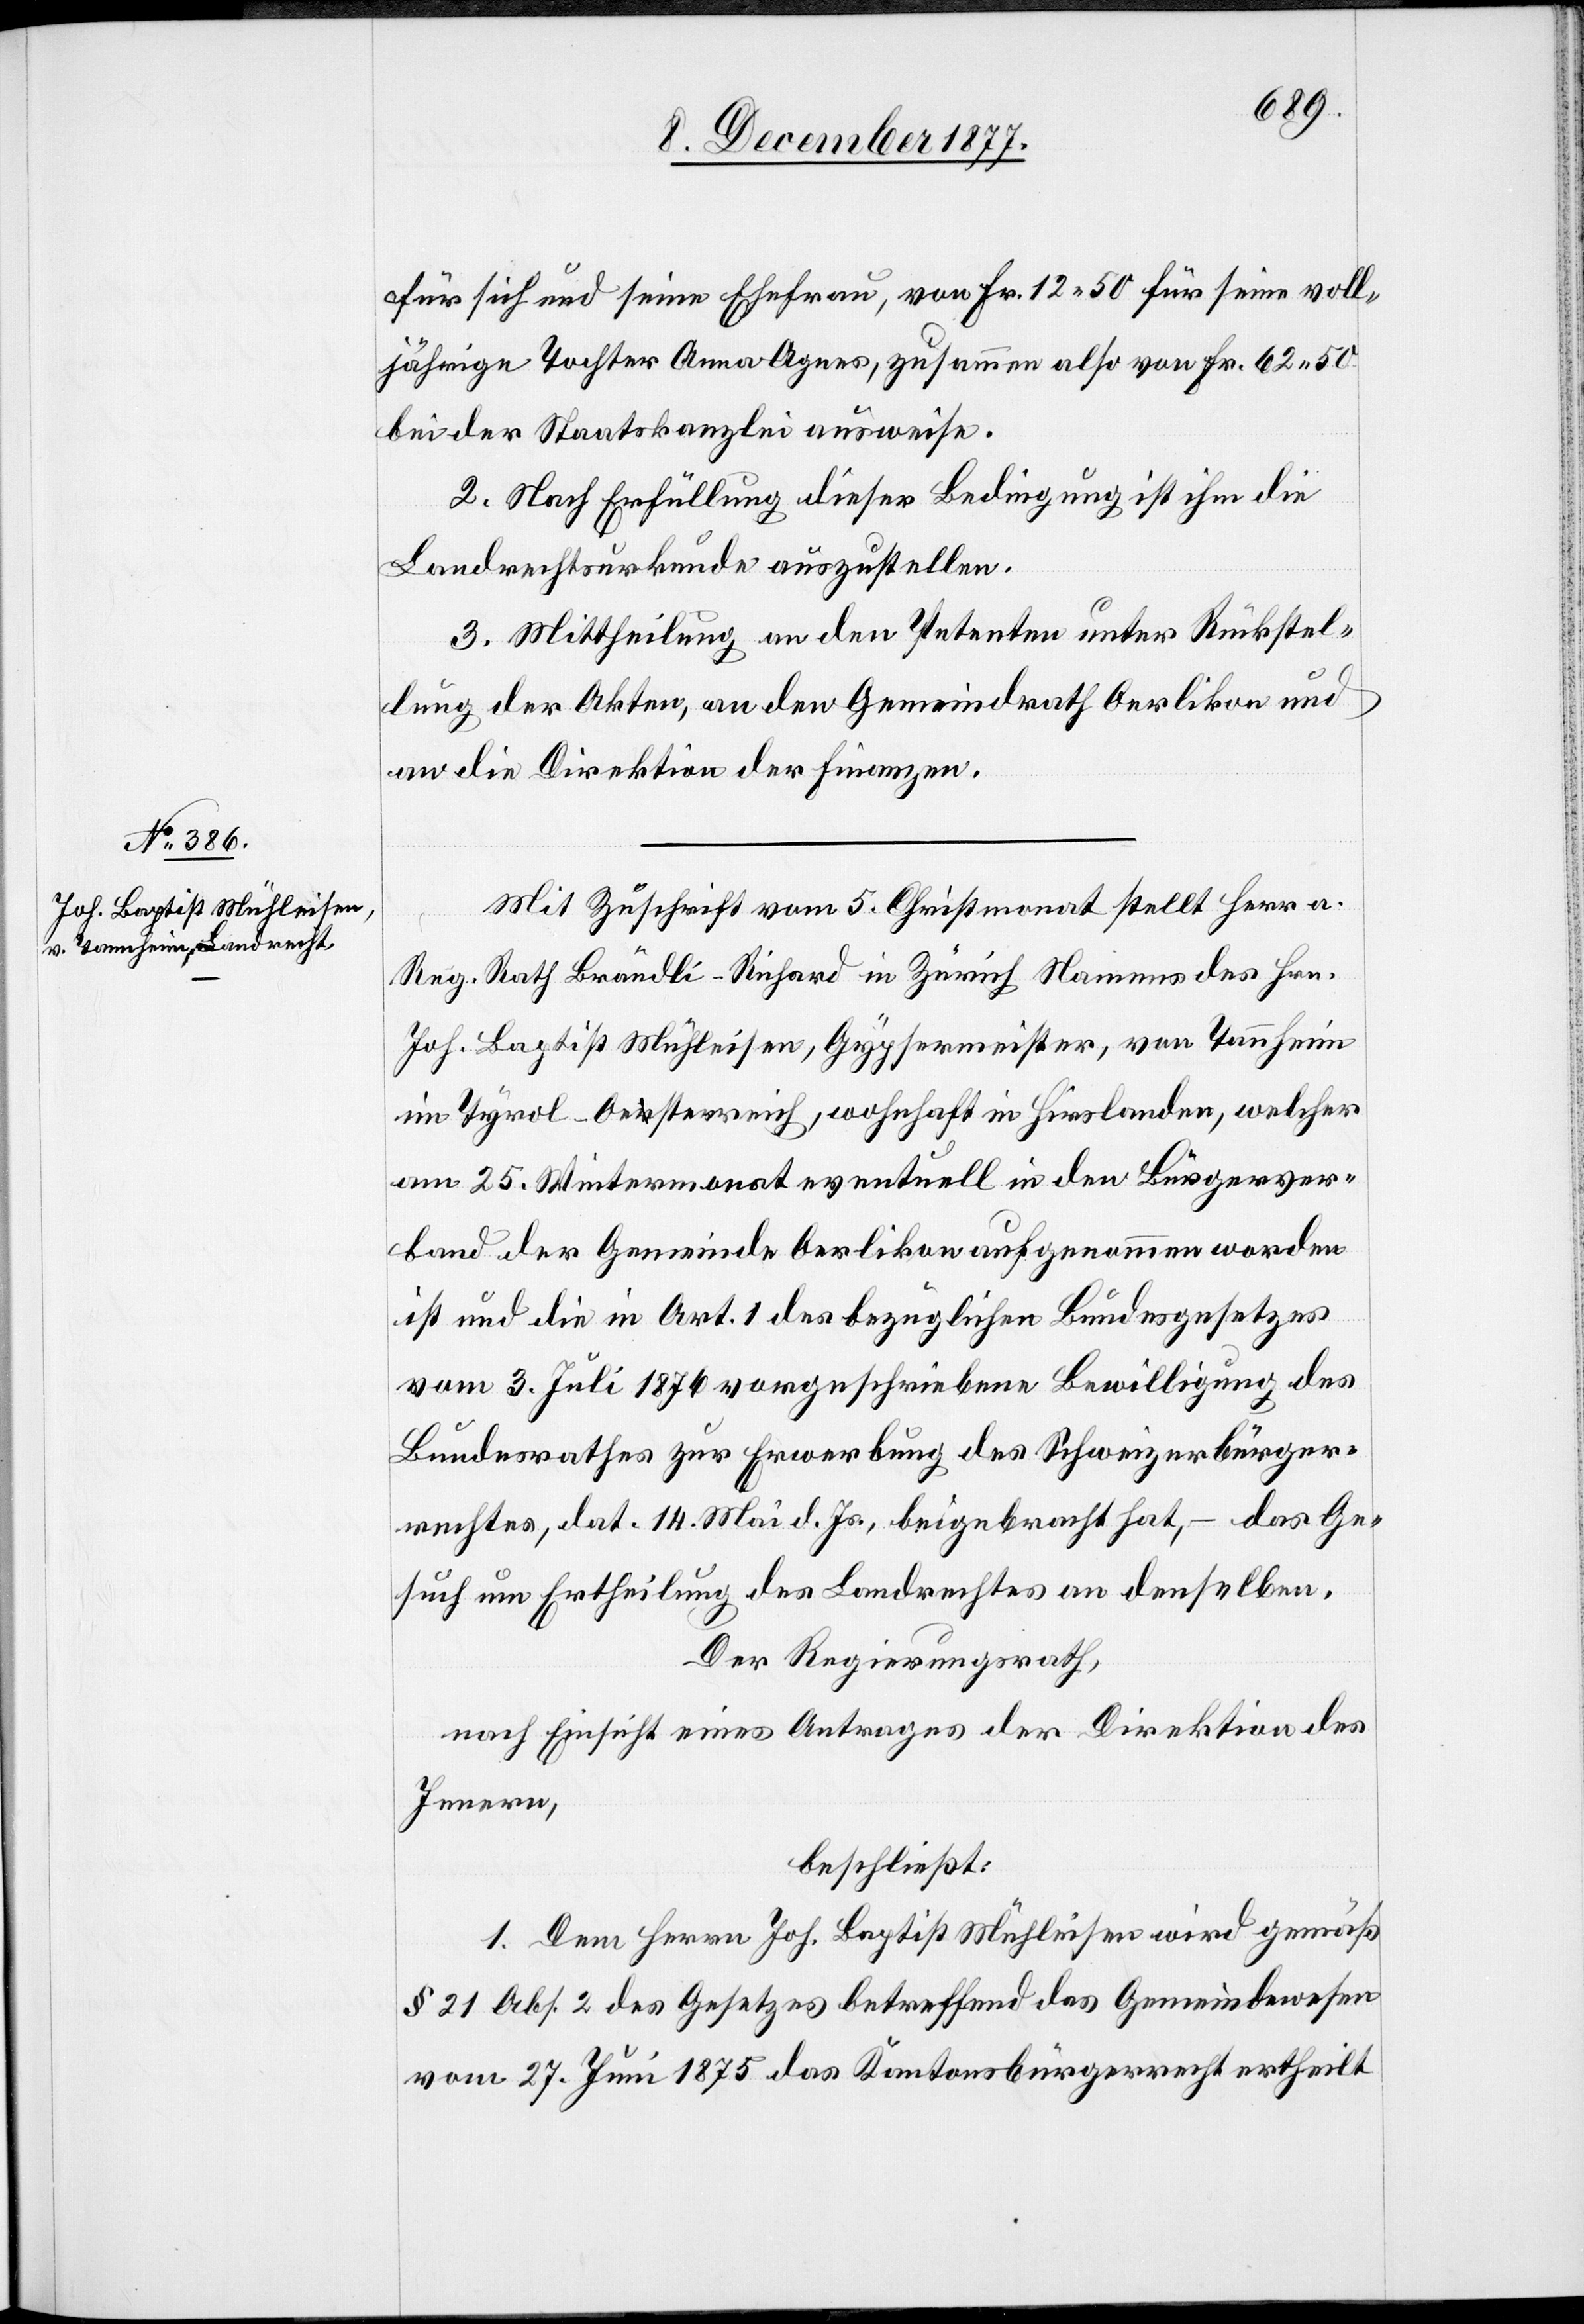
für sich und seine Ehefrau, von Fr. 12 50 für seine voll¬
jährige Tochter Anna Agnes, zusammen also von Fr. 62 50
bei der Staatskanzlei ausweise.
2. Nach Erfüllung dieser Bedingung ist ihm die
Landrechtsurkunde auszustellen.
3. Mittheilung an den Petenten unter Rückstel¬
lung der Akten, an den Gemeindrath Oerlikon und
an die Direktion der Finanzen.
Mit Zuschrift vom 5. Christmonat stellt Herr a.
Reg. Rath Brändli-Richard in Zürich Namens des Hrn.
Joh. Baptist Mühleisen, Gypsermeister, von Tannheim
im Tyrol - Oesterreich, wohnhaft in Hirslanden, welcher
am 25. Wintermonat eventuell in den Bürgerver¬
band der Gemeinde Oerlikon aufgenommen worden
ist und die in Art. 1 des bezüglichen Bundesgesetzes
vom 3. Juli 1876 vorgeschriebene Bewilligung des
Bundesrathes zur Erwerbung des Schweizerbürger¬
rechtes, dat. 14. Mai d. Js., beigebracht hat, – das Ge¬
such um Ertheilung des Landrechtes an denselben.
Der Regierungsrath,
nach Einsicht eines Antrages der Direktion des
Innern,
beschließt:
1. Dem Herrn Joh. Baptist Mühleisen wird gemäß
§ 21 Abs. 2 des Gesetzes betreffend das Gemeindewesen
vom 27. Juni 1875 das Kantonsbürgerrecht ertheilt